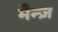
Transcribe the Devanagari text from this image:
मैन्ज़